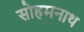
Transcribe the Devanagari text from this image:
सोहमनाथ